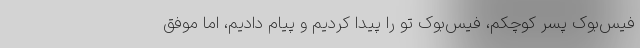
فیس‌بوک پسر کوچکم، فیس‌بوک تو را پیدا کردیم و پیام دادیم، اما موفق